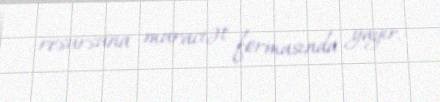
resursuna muraciət formasında yayır.